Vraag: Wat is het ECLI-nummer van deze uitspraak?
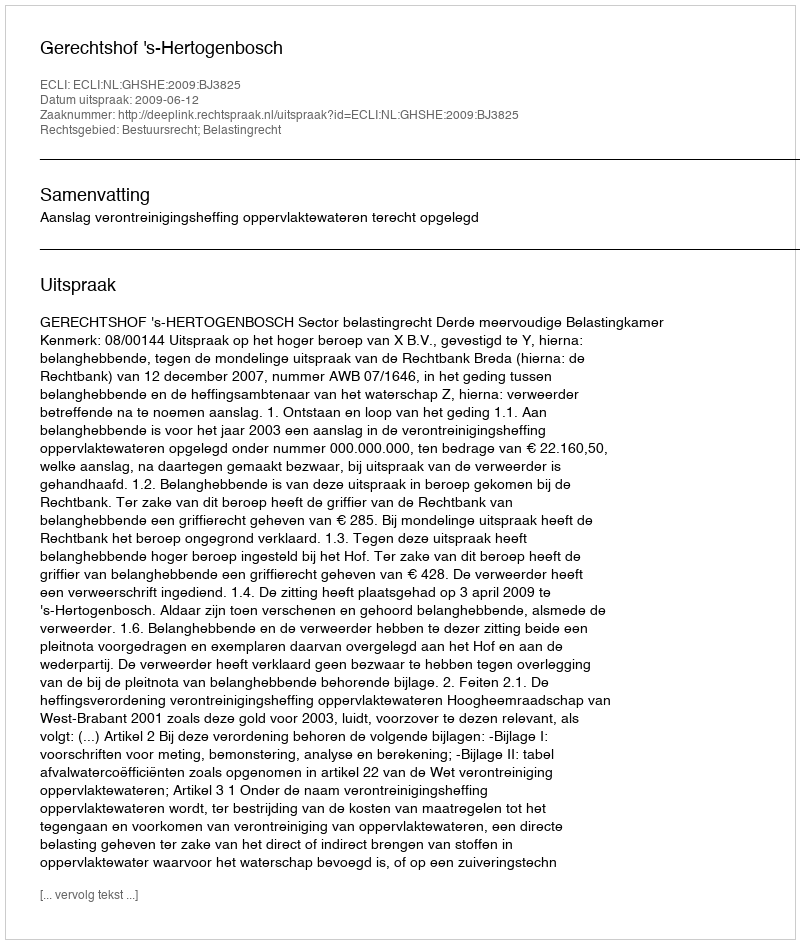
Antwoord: ECLI:NL:GHSHE:2009:BJ3825